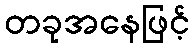
တခုအနေဖြင့်